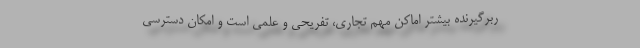
ربرگیرنده بیشتر اماکن مهم تجاری، تفریحی و علمی است و امکان دسترسی